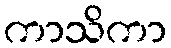
ကာသိကာ